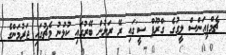
ޗެމްޕިއަންސް ލީގުގެ 'ގްރޫޕް ސީ'ގައި ރޭ ރަށުން ބޭރުގައި ކުޅުނު މެޗުގައި ޖަރުމަންގެ